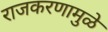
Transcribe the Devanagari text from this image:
राजकरणामुळे